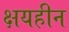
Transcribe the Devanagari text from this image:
क्षयहीन